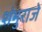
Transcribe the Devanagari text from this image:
शंभुराजे